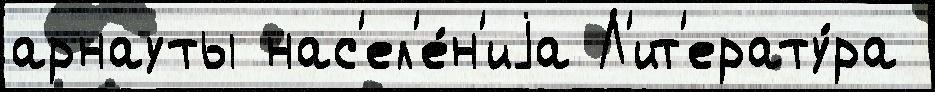
арнауты нас'ел'е́н'иjа Л'ит'ерату́ра